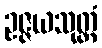
ဥဇ္ဇယသုတ္တံ